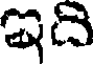
ఇది